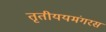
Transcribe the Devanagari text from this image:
तृतीययमंगरस